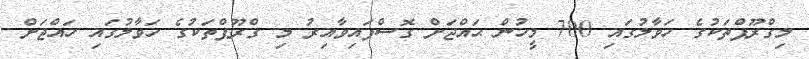
މިގްރޫޕްތަކުގެ ހަވާލުގައި 700 މީހުން ޙައްޖަށް ގޮސްފައިވާއިރު މި ގްރޫޕްތަކުގެ ހަވާލުގައި ހައްޖަށް